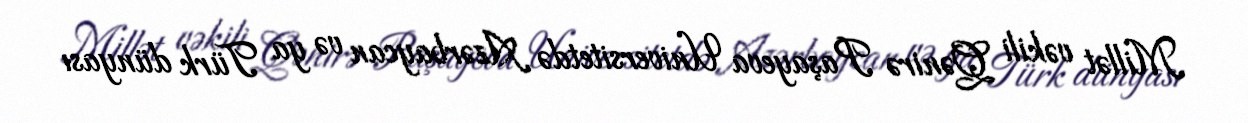
Millət vəkili Qənirə Paşayeva Universitetdə Azərbaycan və ya Türk dünyası